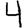
Digit: 4